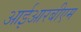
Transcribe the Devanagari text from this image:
आईआरबीएम